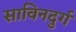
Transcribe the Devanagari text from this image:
साविनदुर्ग